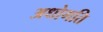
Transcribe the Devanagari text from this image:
अधोगति